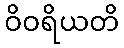
ဝိဝရိယတိ